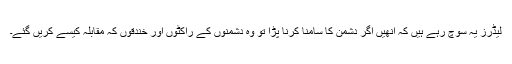
لیڈرز یہ سوچ رہے ہیں کہ انھیں اگر دشمن کا سامنا کرنا پڑا تو وہ دشمنوں کے راکٹوں اور خندقوں کہ مقابلہ کیسے کریں گئے۔